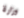
وزارة